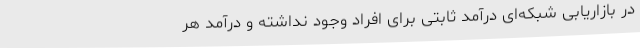
در بازاریابی شبکه‌ای درآمد ثابتی برای افراد وجود نداشته و درآمد هر